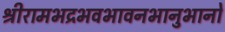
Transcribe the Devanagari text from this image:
श्रीरामभद्रभवभावनभानुभानो